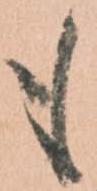
も